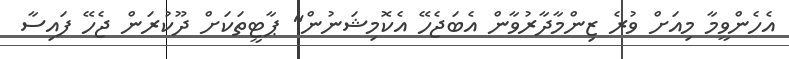
އެހެންވީމާ މިއަށް ވުރެ ޒިންމާދާރުވާން އެބަޖެހޭ އެކޮމިޝަނުން" ޕާޓީތަކަށް ދޫކުރަން ޖެހޭ ފައިސާ